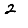
Digit: 2